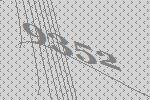
9352